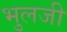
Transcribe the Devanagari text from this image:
भुलजी